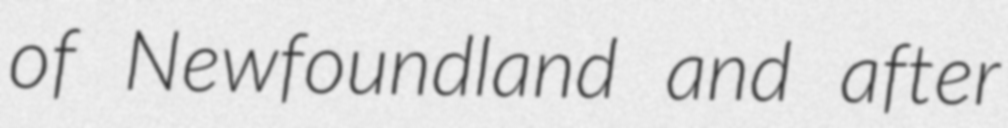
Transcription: of Newfoundland and after